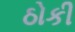
ઠોકી